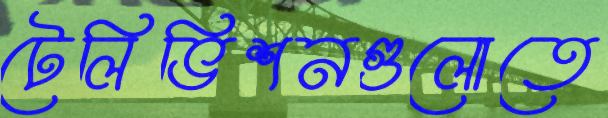
টেলিভিশনগুলোতে